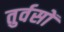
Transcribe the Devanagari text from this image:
तुर्वसों